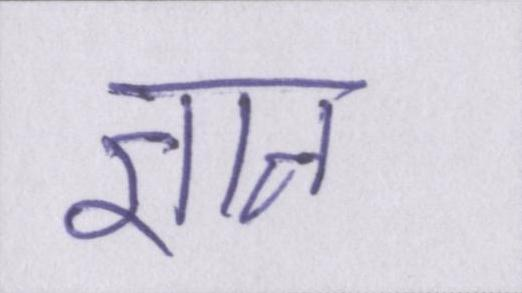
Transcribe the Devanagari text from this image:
ज्ञान